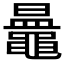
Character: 𪓲